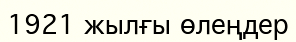
1921 жылғы өлеңдер